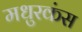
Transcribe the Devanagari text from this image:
मधुरकंस